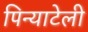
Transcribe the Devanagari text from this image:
पिन्याटेली